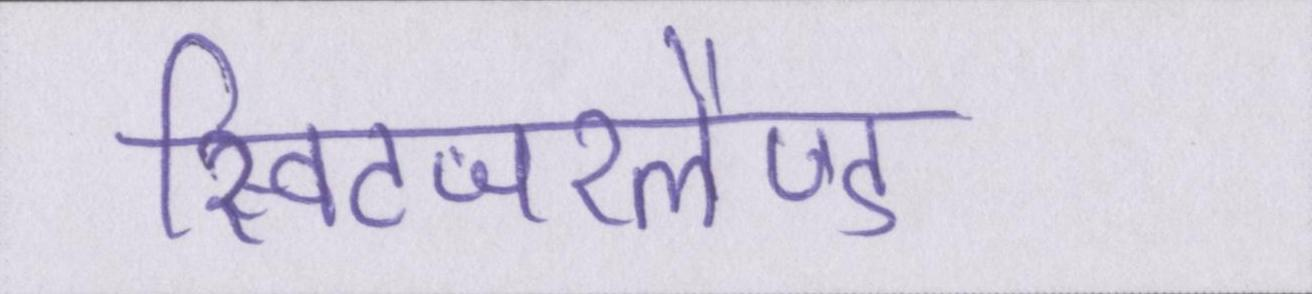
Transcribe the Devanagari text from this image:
स्विटजरलैण्ड